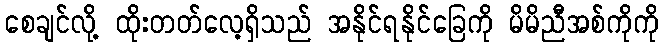
စေချင်လို့ ထိုးတတ်လေ့ရှိသည် အနိုင်ရနိုင်ခြေကို မိမိညီအစ်ကိုကို